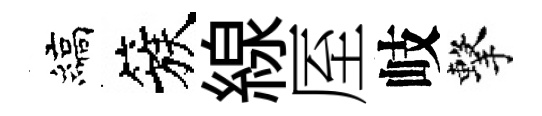
縞簇線厔岐擊